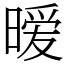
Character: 暧